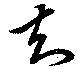
知